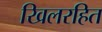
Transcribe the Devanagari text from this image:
खिलरहित